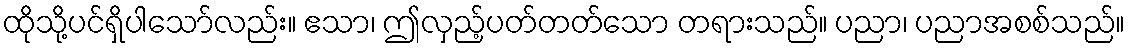
ထိုသို့ပင်ရှိပါသော်လည်း။ ဧသာ၊ ဤလှည့်ပတ်တတ်သော တရားသည်။ ပညာ၊ ပညာအစစ်သည်။